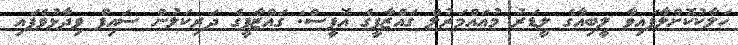
ހަލާކުކޮށްލާފައިވާ ލީބިއާގެ ލީޑަރު މުއައްމަރުލް ގައްޒާފީގެ އޮފީސް: ގައްޒާފީގެ ދަރިކަލުން ސައިފް ވިދާޅުވެފައި